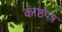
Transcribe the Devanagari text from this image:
काष्ठपत्र